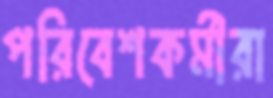
পরিবেশকর্মীরা